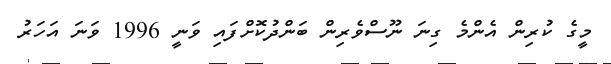
މީގެ ކުރިން އެންމެ ގިނަ ނޫސްވެރިން ބަންދުކޮށްފައި ވަނީ 1996 ވަނަ އަހަރު